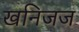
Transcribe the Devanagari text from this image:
खनिजज